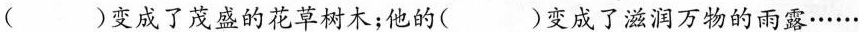
( )变成了茂盛的花草树木；他的()变成了滋润万物的雨露······